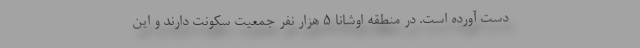
دست آورده است. در منطقه اوشانا 5 هزار نفر جمعیت سکونت دارند و این